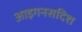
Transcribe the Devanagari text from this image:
आइगनसदिश